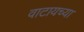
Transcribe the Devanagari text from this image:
वाटायच्या